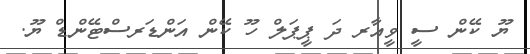
ޔޫ ކޭން ސީ ވީއާރ ދަ ޕީޕަލް ހޫ ކޭން އަންޑަރސްޓޭންޑް ޔޫ.